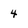
Character: 4